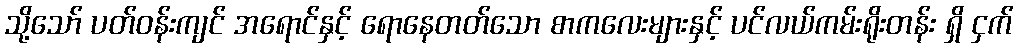
သို့သော် ပတ်ဝန်းကျင် အရောင်နှင့် ရောနေတတ်သော စာကလေးများနှင့် ပင်လယ်ကမ်းရိုးတန်း ရှိ ငှက်